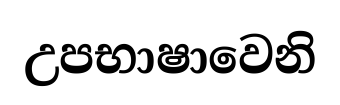
උපභාෂාවෙනි